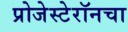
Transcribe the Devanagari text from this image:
प्रोजेस्टेरॉनचा